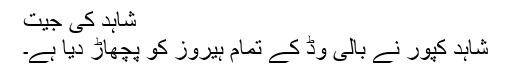
شاہد کی جیت
شاہد کپور نے بالی وڈ کے تمام ہیروز کو پچھاڑ دیا ہے۔